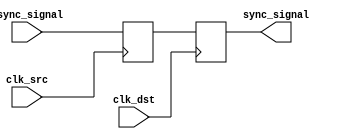
module dual_ff_synchronizer #(
    parameter WIDTH = 1 // Parameter to set the width of the input/output signals
)(
    input wire clk_src, // Source clock
    input wire clk_dst, // Destination clock
    input wire [WIDTH-1:0] async_signal, // Asynchronous input signal to be synchronized
    output reg [WIDTH-1:0] sync_signal // Synchronized output signal
);

    // Internal signals for the first flip-flop output
    reg [WIDTH-1:0] ff1_out;

    // First flip-flop
    always @(posedge clk_src) begin
        ff1_out <= async_signal; // Sample the asynchronous signal on the source clock
    end

    // Second flip-flop
    always @(posedge clk_dst) begin
        sync_signal <= ff1_out; // Sample the output of the first flip-flop on the destination clock
    end

endmodule